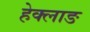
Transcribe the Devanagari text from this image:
हेक्लाङ